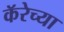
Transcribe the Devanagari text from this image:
कॅरेच्या